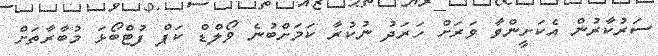
ސަރުކާރުން އެކަށީންވާ ވަރަށް ހަރަދު ނުކުރާ ކަމަށްބުނެ ވޯލްޑް ކަޕް ފުޓްބޯޅަ މުބާރާތަށް